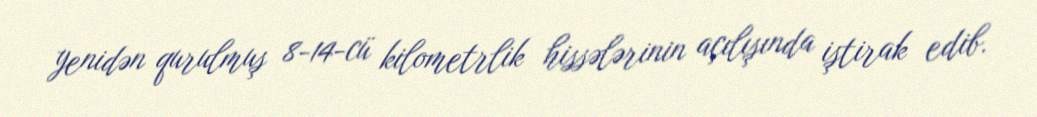
yenidən qurulmuş 8-14-cü kilometrlik hissələrinin açılışında iştirak edib.